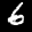
Label: 6